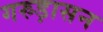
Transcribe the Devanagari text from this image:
गरुड़ासन